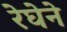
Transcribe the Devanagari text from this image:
रेघेने